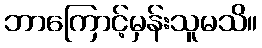
ဘာကြောင့်မှန်းသူမသိ။